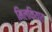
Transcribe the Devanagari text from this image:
मिलकियात